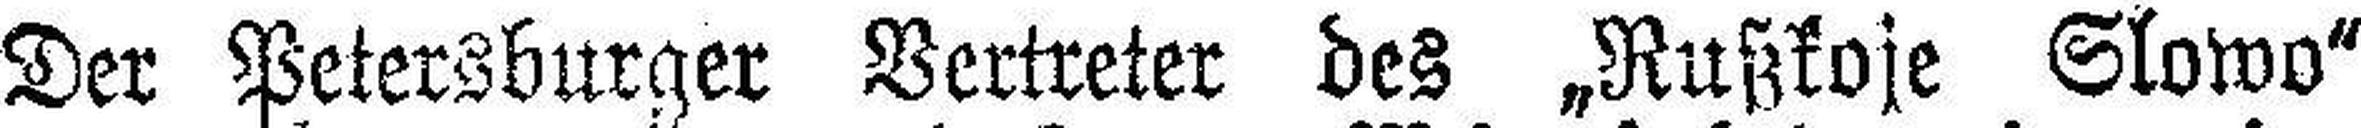
Der Petersburger Vertreter des „Rußkoje Slowo“